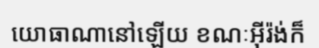
យោធាណានៅឡើយ ខណៈអ៊ីរ៉ង់ក៏